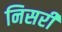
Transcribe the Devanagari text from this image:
निसरी